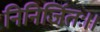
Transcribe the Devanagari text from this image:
निनिर्जितः।।